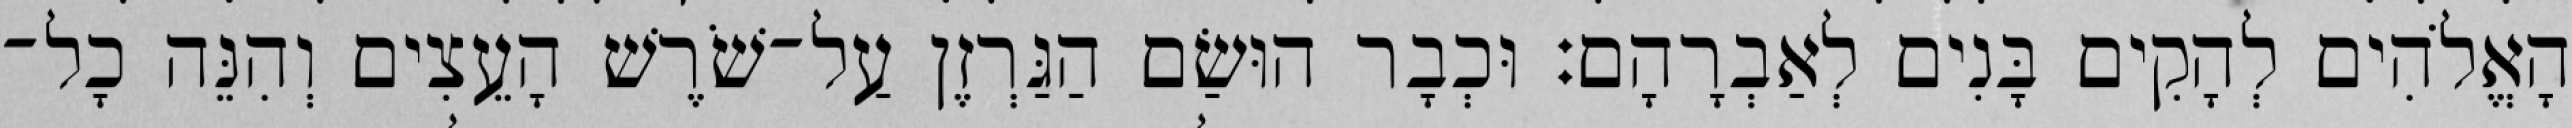
הָאֱלֹהִים לְהָקִים בָּנִים לְאַבְרָהָם׃ וּכְבָר הוּשַׂם הַגַּרְזֶן עַל־שֹׁרֶשׁ הָעֵצִים וְהִנֵּה כָל־